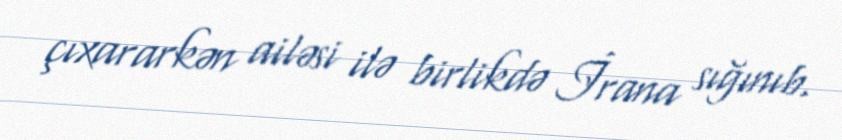
çıxararkən ailəsi ilə birlikdə İrana sığınıb.